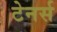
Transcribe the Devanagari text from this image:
टेनर्स